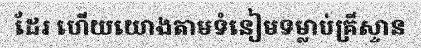
ដែរ ហើយយោងតាមទំនៀមទម្លាប់គ្រីស្ទាន